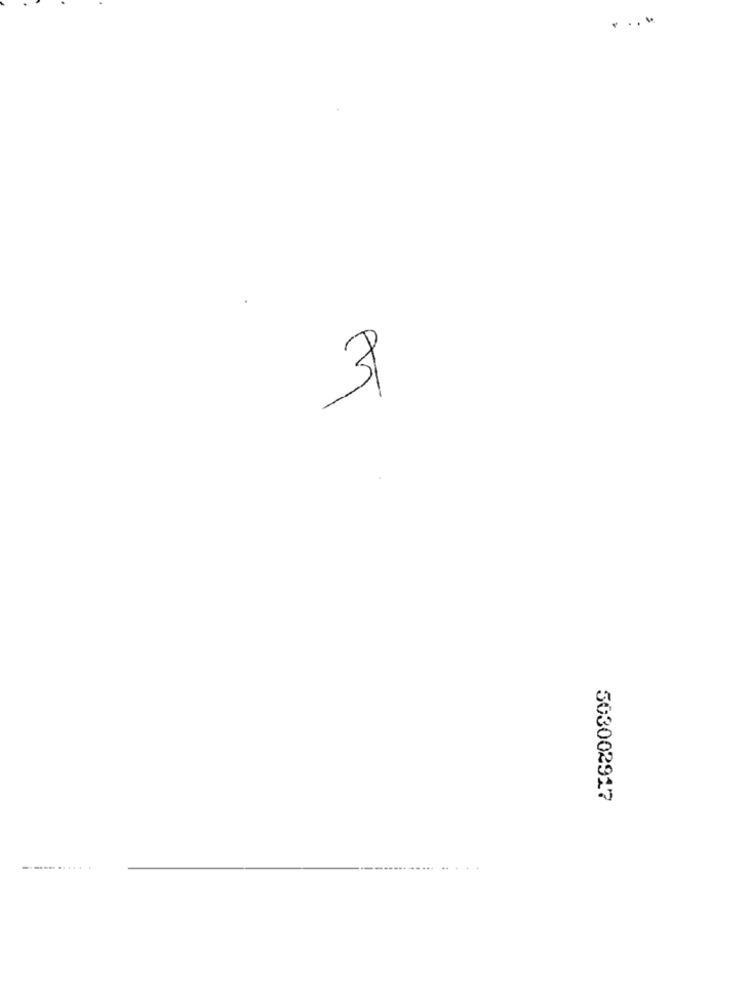
503002917
....... .. ... .